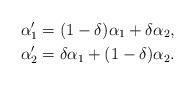
LaTeX: \begin{align*}\alpha'_1 &= (1-\delta)\alpha_1 +\delta\alpha_2,\\\alpha'_2 &= \delta\alpha_1 +(1-\delta)\alpha_2.\end{align*}